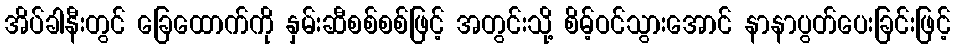
အိပ်ခါနီးတွင် ခြေထောက်ကို နှမ်းဆီစစ်စစ်ဖြင့် အတွင်းသို့ စိမ့်ဝင်သွားအောင် နာနာပွတ်ပေးခြင်းဖြင့်